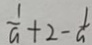
\frac { 1 } { a } + 2 - \frac { 1 } { a }